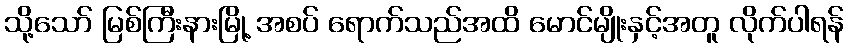
သို့သော် မြစ်ကြီးနားမြို့ အစပ် ရောက်သည်အထိ မောင်မျိုးနှင့်အတူ လိုက်ပါရန်